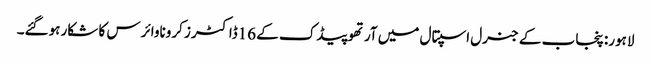
لاہور: پنجاب کے جنرل اسپتال میں آرتھوپیڈک کے 16ڈاکٹرز کروناوائرس کا شکار ہوگئے۔